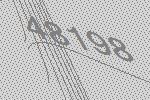
48198